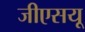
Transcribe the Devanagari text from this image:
जीएसयू